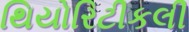
થિયોરિટીકલી